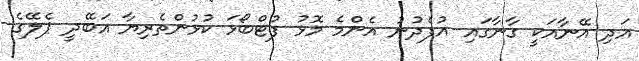
އަދި އޭނާއަކީ ގާނާގައި އުފެދުނު އެންމެ މޮޅު ފުޓްބޯޅަ ކުޅުންތެރިޔާ އަބޭދީ ޕެލޭގެ